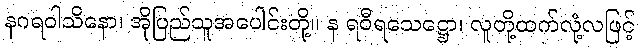
နဂရဝါသိနော၊ အိုပြည်သူအပေါင်းတို့။ န ရဝီရသေဋ္ဌော၊ လူတို့ထက်လုံ့လဖြင့်